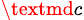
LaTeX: _{\textmd c}